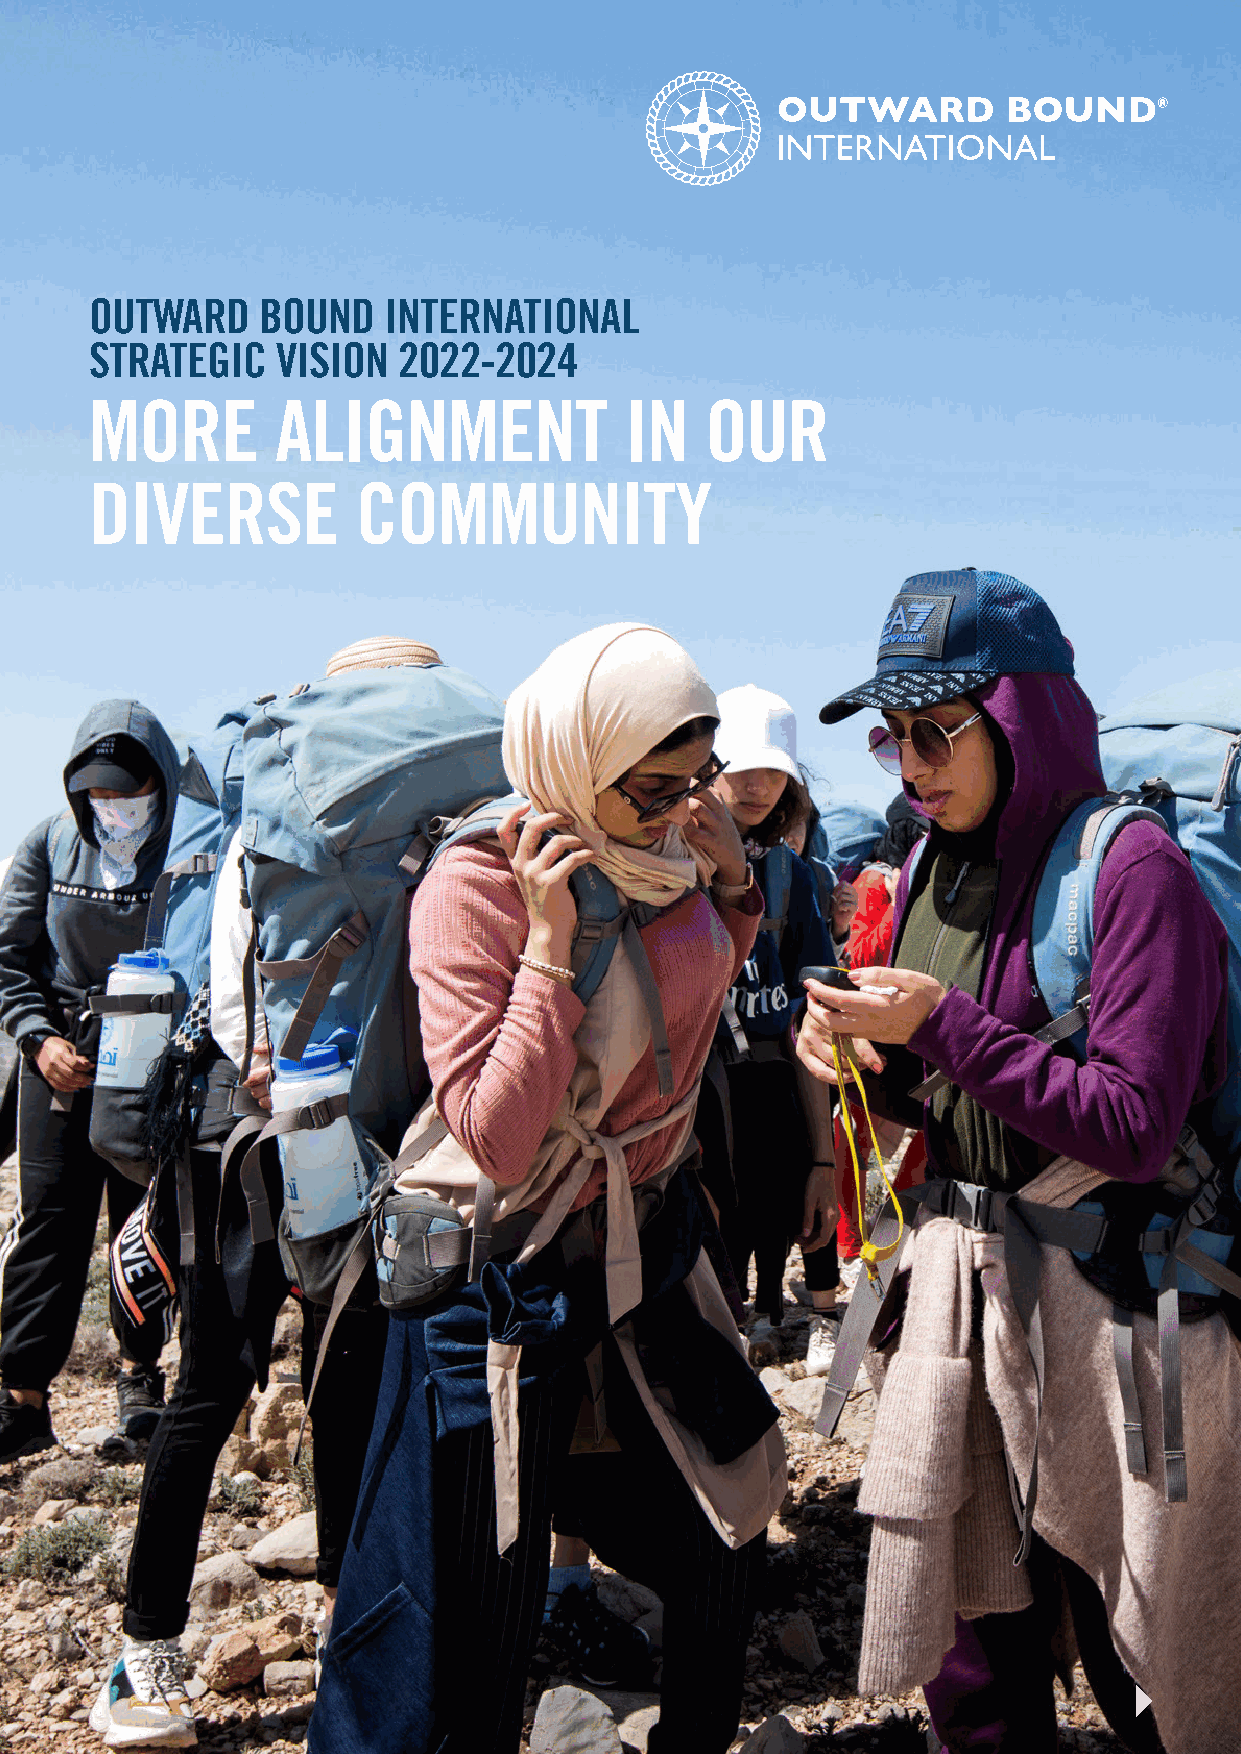
OBI STRATEGIC PLAN 2022 - 2024
 OUTWARD    BOUND   INTERNATIONAL
 STRATEGIC   VISION  2022-2024
 MORE        ALIGNMENT              IN    OUR
 DIVERSE           COMMUNITY